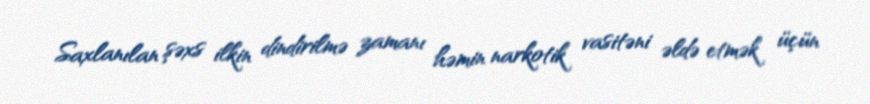
Saxlanılan şəxs ilkin dindirilmə zamanı həmin narkotik vasitəni əldə etmək üçün